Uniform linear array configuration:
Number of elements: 4
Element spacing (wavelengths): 0.25
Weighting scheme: uniform
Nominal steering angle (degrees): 60
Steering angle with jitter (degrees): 59.065
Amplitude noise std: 0.05
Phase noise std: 0.05

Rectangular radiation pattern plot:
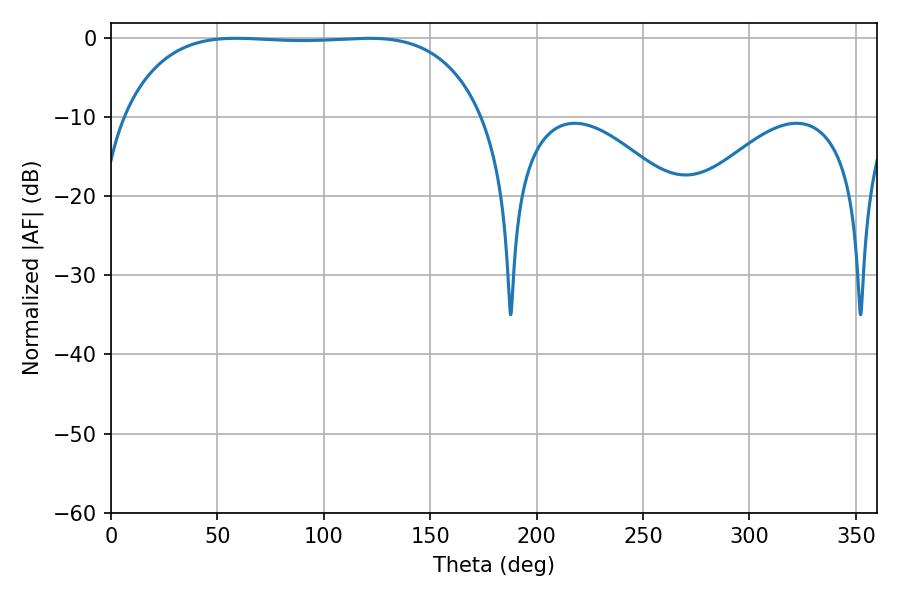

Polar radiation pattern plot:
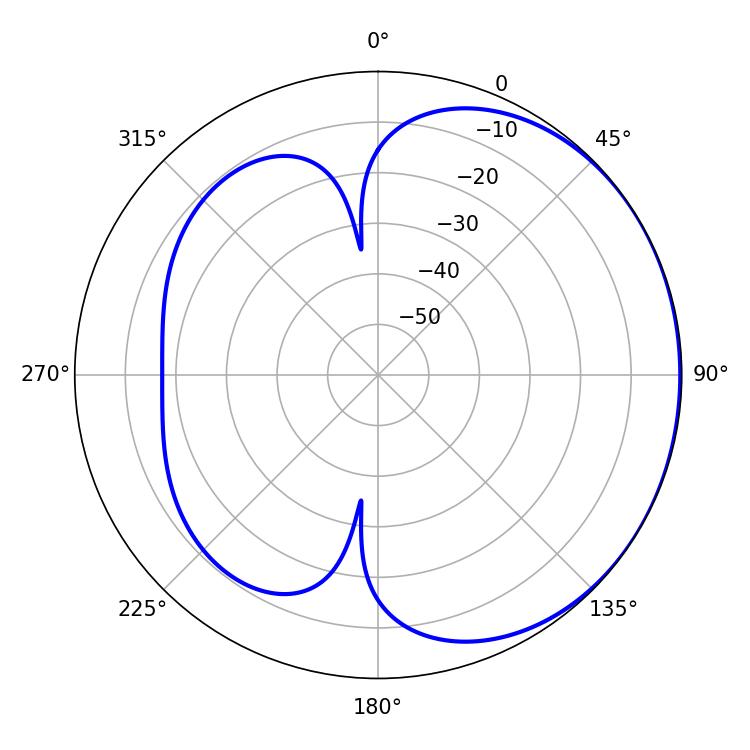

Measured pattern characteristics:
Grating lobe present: FALSE
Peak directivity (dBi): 0.8304
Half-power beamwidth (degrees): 132.48
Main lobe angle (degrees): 58.86